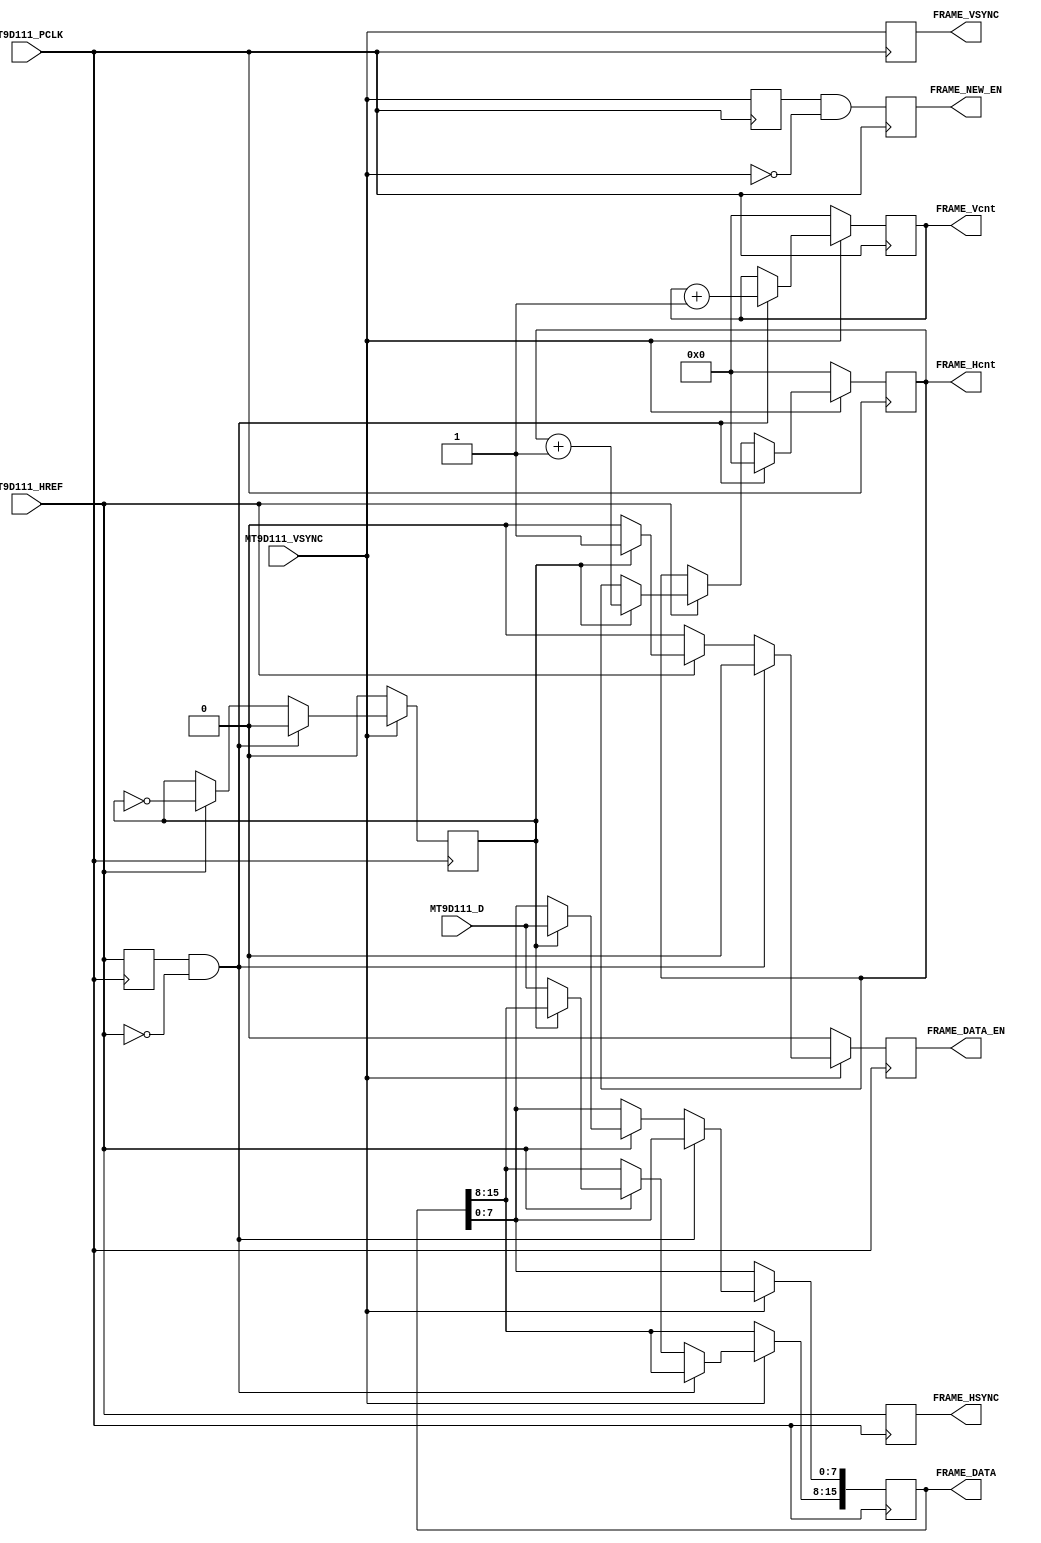
// This program was cloned from: https://github.com/cxdzyq1110/posture_recognition_CNN
// License: GNU General Public License v3.0

module mt9d111_controller(
	input	wire			MT9D111_PCLK,
	input	wire			MT9D111_VSYNC,
	input	wire			MT9D111_HREF,
	input	wire	[7:0]	MT9D111_D,	
	output	reg		[10:0]	FRAME_Hcnt,
	output	reg		[10:0]	FRAME_Vcnt,
	output	reg		[15:0]	FRAME_DATA,
	output	reg				FRAME_DATA_EN,
	output	reg				FRAME_NEW_EN,
	output	reg				FRAME_HSYNC,
	output	reg				FRAME_VSYNC
	);
//////////////////////////////////////
	reg		MT9D111_HREF_j, MT9D111_VSYNC_j;
	always @(posedge MT9D111_PCLK)
	begin
		MT9D111_HREF_j <= MT9D111_HREF;
		MT9D111_VSYNC_j <= MT9D111_VSYNC;
	end
	wire	MT9D111_HREF_down = (MT9D111_HREF_j && !MT9D111_HREF);
	wire	MT9D111_VSYNC_down = (MT9D111_VSYNC_j && !MT9D111_VSYNC);
	// 
	// qVGA(240x320)
	// rgb565
	reg		HLsel;
	always @(posedge MT9D111_PCLK)
		if(!MT9D111_VSYNC)
		begin
			FRAME_Vcnt <= 0;
			FRAME_Hcnt <= 0;
			HLsel <= 0;
			FRAME_DATA_EN <= 0;
		end
		else if(MT9D111_HREF_down)
		begin
			FRAME_Vcnt <= FRAME_Vcnt + 1;
			FRAME_DATA_EN <= 0;
			FRAME_Hcnt <= 0;
			HLsel <= 0;
		end
		else if(MT9D111_HREF)
		begin
			HLsel <= ~HLsel;
			if(HLsel)
			begin
				FRAME_Hcnt <= FRAME_Hcnt + 1;
				FRAME_DATA[7:0] <= MT9D111_D;
				FRAME_DATA_EN <= 1;
			end
			else
			begin
				FRAME_DATA[15:8] <= MT9D111_D;
				FRAME_DATA_EN <= 0;
			end
		end
		else
			FRAME_DATA_EN <= 0;
			
	//
	always @(posedge MT9D111_PCLK)
		FRAME_NEW_EN <= MT9D111_VSYNC_down;
	
	//	
	always @(posedge MT9D111_PCLK)
	begin
		FRAME_HSYNC <= MT9D111_HREF;
		FRAME_VSYNC <= MT9D111_VSYNC;
	end
///////////////////////////////////
endmodule